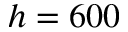
h = 6 0 0